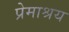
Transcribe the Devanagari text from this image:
प्रेमाश्रय